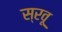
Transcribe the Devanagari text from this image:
स्रवू